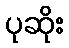
ပုဆိုး